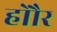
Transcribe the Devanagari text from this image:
होौर